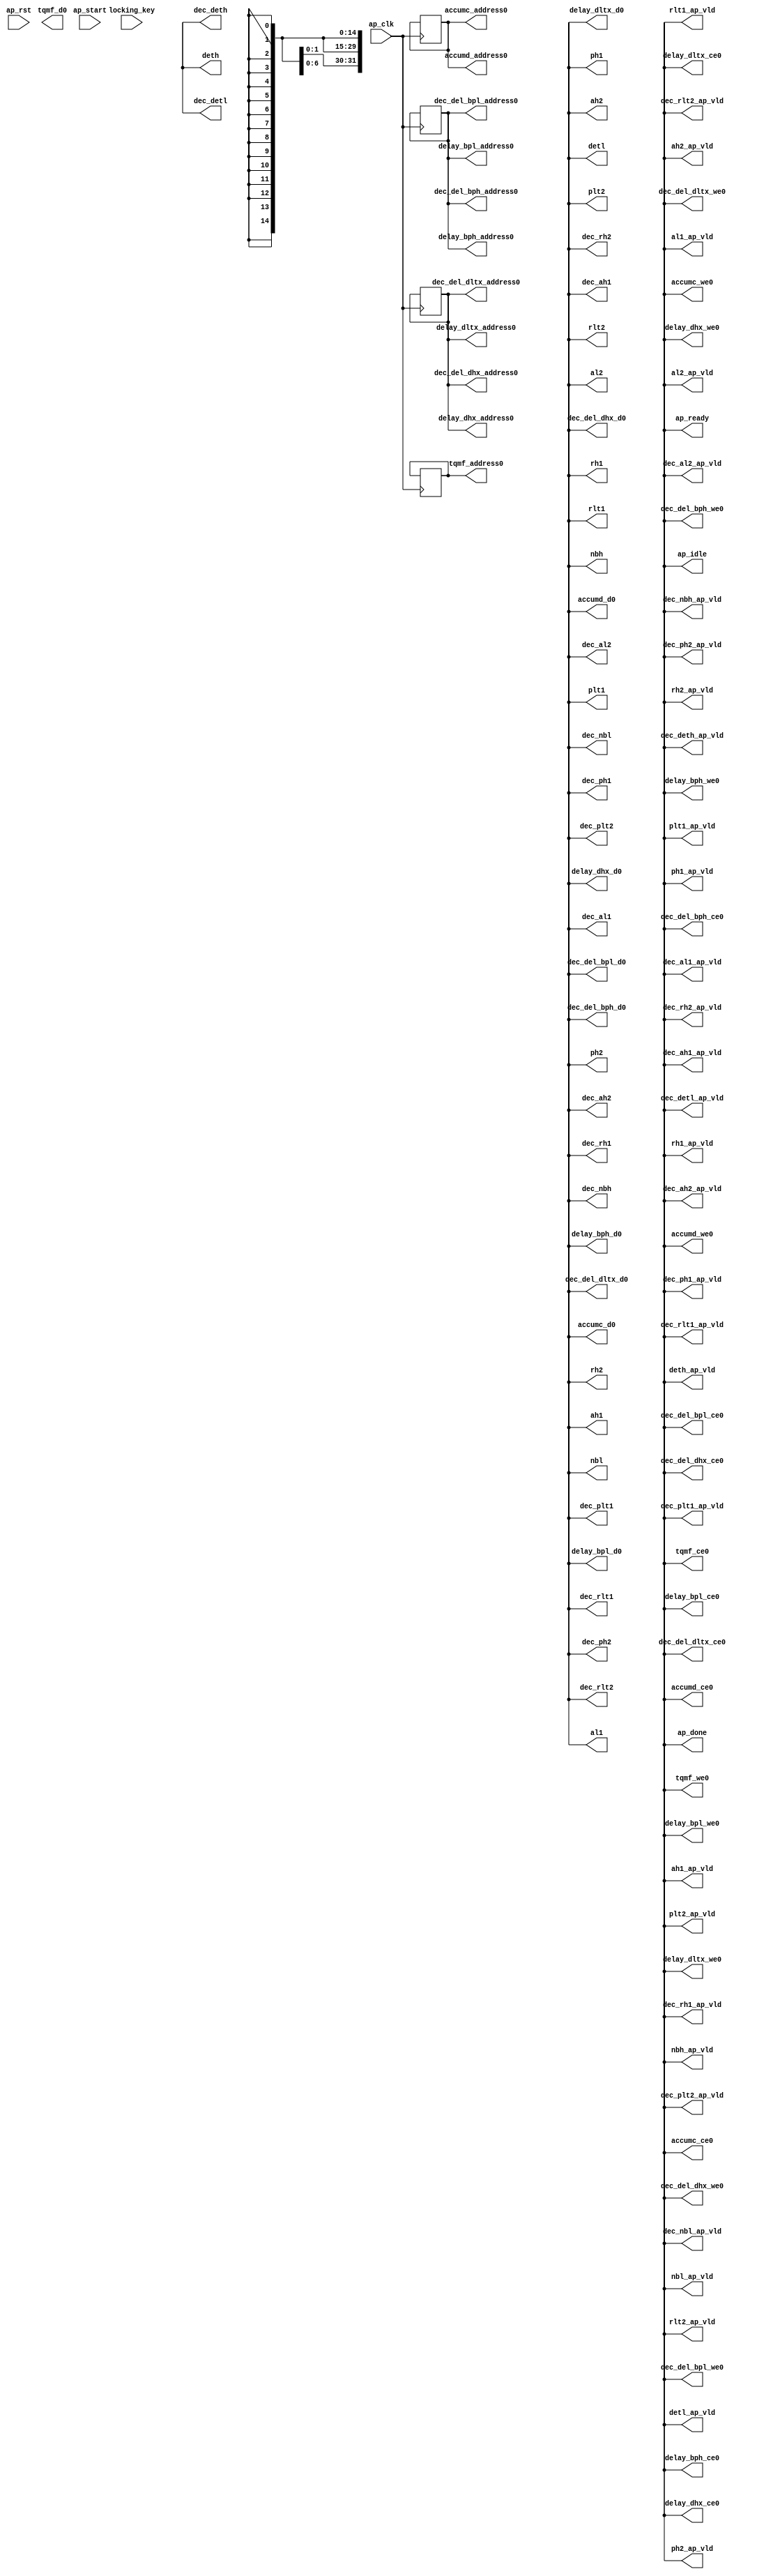

module reset_0_obf
(
  ap_clk,
  ap_rst,
  ap_start,
  ap_done,
  ap_idle,
  ap_ready,
  dec_detl,
  dec_detl_ap_vld,
  detl,
  detl_ap_vld,
  dec_deth,
  dec_deth_ap_vld,
  deth,
  deth_ap_vld,
  rlt2,
  rlt2_ap_vld,
  rlt1,
  rlt1_ap_vld,
  plt2,
  plt2_ap_vld,
  plt1,
  plt1_ap_vld,
  al2,
  al2_ap_vld,
  al1,
  al1_ap_vld,
  nbl,
  nbl_ap_vld,
  rh2,
  rh2_ap_vld,
  rh1,
  rh1_ap_vld,
  ph2,
  ph2_ap_vld,
  ph1,
  ph1_ap_vld,
  ah2,
  ah2_ap_vld,
  ah1,
  ah1_ap_vld,
  nbh,
  nbh_ap_vld,
  dec_rlt2,
  dec_rlt2_ap_vld,
  dec_rlt1,
  dec_rlt1_ap_vld,
  dec_plt2,
  dec_plt2_ap_vld,
  dec_plt1,
  dec_plt1_ap_vld,
  dec_al2,
  dec_al2_ap_vld,
  dec_al1,
  dec_al1_ap_vld,
  dec_nbl,
  dec_nbl_ap_vld,
  dec_rh2,
  dec_rh2_ap_vld,
  dec_rh1,
  dec_rh1_ap_vld,
  dec_ph2,
  dec_ph2_ap_vld,
  dec_ph1,
  dec_ph1_ap_vld,
  dec_ah2,
  dec_ah2_ap_vld,
  dec_ah1,
  dec_ah1_ap_vld,
  dec_nbh,
  dec_nbh_ap_vld,
  delay_dltx_address0,
  delay_dltx_ce0,
  delay_dltx_we0,
  delay_dltx_d0,
  delay_dhx_address0,
  delay_dhx_ce0,
  delay_dhx_we0,
  delay_dhx_d0,
  dec_del_dltx_address0,
  dec_del_dltx_ce0,
  dec_del_dltx_we0,
  dec_del_dltx_d0,
  dec_del_dhx_address0,
  dec_del_dhx_ce0,
  dec_del_dhx_we0,
  dec_del_dhx_d0,
  delay_bpl_address0,
  delay_bpl_ce0,
  delay_bpl_we0,
  delay_bpl_d0,
  delay_bph_address0,
  delay_bph_ce0,
  delay_bph_we0,
  delay_bph_d0,
  dec_del_bpl_address0,
  dec_del_bpl_ce0,
  dec_del_bpl_we0,
  dec_del_bpl_d0,
  dec_del_bph_address0,
  dec_del_bph_ce0,
  dec_del_bph_we0,
  dec_del_bph_d0,
  tqmf_address0,
  tqmf_ce0,
  tqmf_we0,
  tqmf_d0,
  accumc_address0,
  accumc_ce0,
  accumc_we0,
  accumc_d0,
  accumd_address0,
  accumd_ce0,
  accumd_we0,
  accumd_d0,
  locking_key
);

  parameter ap_ST_fsm_state1 = 5'd1;
  parameter ap_ST_fsm_state2 = 5'd2;
  parameter ap_ST_fsm_state3 = 5'd4;
  parameter ap_ST_fsm_state4 = 5'd8;
  parameter ap_ST_fsm_state5 = 5'd16;
  input ap_clk;
  input ap_rst;
  input ap_start;
  output ap_done;
  output ap_idle;
  output ap_ready;
  output [14:0] dec_detl;
  output dec_detl_ap_vld;
  output [31:0] detl;
  output detl_ap_vld;
  output [14:0] dec_deth;
  output dec_deth_ap_vld;
  output [14:0] deth;
  output deth_ap_vld;
  output [31:0] rlt2;
  output rlt2_ap_vld;
  output [31:0] rlt1;
  output rlt1_ap_vld;
  output [31:0] plt2;
  output plt2_ap_vld;
  output [31:0] plt1;
  output plt1_ap_vld;
  output [31:0] al2;
  output al2_ap_vld;
  output [31:0] al1;
  output al1_ap_vld;
  output [31:0] nbl;
  output nbl_ap_vld;
  output [31:0] rh2;
  output rh2_ap_vld;
  output [31:0] rh1;
  output rh1_ap_vld;
  output [31:0] ph2;
  output ph2_ap_vld;
  output [31:0] ph1;
  output ph1_ap_vld;
  output [31:0] ah2;
  output ah2_ap_vld;
  output [31:0] ah1;
  output ah1_ap_vld;
  output [31:0] nbh;
  output nbh_ap_vld;
  output [31:0] dec_rlt2;
  output dec_rlt2_ap_vld;
  output [31:0] dec_rlt1;
  output dec_rlt1_ap_vld;
  output [31:0] dec_plt2;
  output dec_plt2_ap_vld;
  output [31:0] dec_plt1;
  output dec_plt1_ap_vld;
  output [31:0] dec_al2;
  output dec_al2_ap_vld;
  output [31:0] dec_al1;
  output dec_al1_ap_vld;
  output [31:0] dec_nbl;
  output dec_nbl_ap_vld;
  output [31:0] dec_rh2;
  output dec_rh2_ap_vld;
  output [31:0] dec_rh1;
  output dec_rh1_ap_vld;
  output [31:0] dec_ph2;
  output dec_ph2_ap_vld;
  output [31:0] dec_ph1;
  output dec_ph1_ap_vld;
  output [31:0] dec_ah2;
  output dec_ah2_ap_vld;
  output [31:0] dec_ah1;
  output dec_ah1_ap_vld;
  output [31:0] dec_nbh;
  output dec_nbh_ap_vld;
  output [2:0] delay_dltx_address0;
  output delay_dltx_ce0;
  output delay_dltx_we0;
  output [31:0] delay_dltx_d0;
  output [2:0] delay_dhx_address0;
  output delay_dhx_ce0;
  output delay_dhx_we0;
  output [31:0] delay_dhx_d0;
  output [2:0] dec_del_dltx_address0;
  output dec_del_dltx_ce0;
  output dec_del_dltx_we0;
  output [31:0] dec_del_dltx_d0;
  output [2:0] dec_del_dhx_address0;
  output dec_del_dhx_ce0;
  output dec_del_dhx_we0;
  output [31:0] dec_del_dhx_d0;
  output [2:0] delay_bpl_address0;
  output delay_bpl_ce0;
  output delay_bpl_we0;
  output [31:0] delay_bpl_d0;
  output [2:0] delay_bph_address0;
  output delay_bph_ce0;
  output delay_bph_we0;
  output [31:0] delay_bph_d0;
  output [2:0] dec_del_bpl_address0;
  output dec_del_bpl_ce0;
  output dec_del_bpl_we0;
  output [31:0] dec_del_bpl_d0;
  output [2:0] dec_del_bph_address0;
  output dec_del_bph_ce0;
  output dec_del_bph_we0;
  output [31:0] dec_del_bph_d0;
  output [4:0] tqmf_address0;
  output tqmf_ce0;
  output tqmf_we0;
  output [6:0] tqmf_d0;
  output [3:0] accumc_address0;
  output accumc_ce0;
  output accumc_we0;
  output [31:0] accumc_d0;
  output [3:0] accumd_address0;
  output accumd_ce0;
  output accumd_we0;
  output [31:0] accumd_d0;
  reg ap_done;
  reg ap_idle;
  reg ap_ready;
  reg dec_detl_ap_vld;
  reg detl_ap_vld;
  reg dec_deth_ap_vld;
  reg deth_ap_vld;
  reg rlt2_ap_vld;
  reg rlt1_ap_vld;
  reg plt2_ap_vld;
  reg plt1_ap_vld;
  reg al2_ap_vld;
  reg al1_ap_vld;
  reg nbl_ap_vld;
  reg rh2_ap_vld;
  reg rh1_ap_vld;
  reg ph2_ap_vld;
  reg ph1_ap_vld;
  reg ah2_ap_vld;
  reg ah1_ap_vld;
  reg nbh_ap_vld;
  reg dec_rlt2_ap_vld;
  reg dec_rlt1_ap_vld;
  reg dec_plt2_ap_vld;
  reg dec_plt1_ap_vld;
  reg dec_al2_ap_vld;
  reg dec_al1_ap_vld;
  reg dec_nbl_ap_vld;
  reg dec_rh2_ap_vld;
  reg dec_rh1_ap_vld;
  reg dec_ph2_ap_vld;
  reg dec_ph1_ap_vld;
  reg dec_ah2_ap_vld;
  reg dec_ah1_ap_vld;
  reg dec_nbh_ap_vld;
  reg delay_dltx_ce0;
  reg delay_dltx_we0;
  reg delay_dhx_ce0;
  reg delay_dhx_we0;
  reg dec_del_dltx_ce0;
  reg dec_del_dltx_we0;
  reg dec_del_dhx_ce0;
  reg dec_del_dhx_we0;
  reg delay_bpl_ce0;
  reg delay_bpl_we0;
  reg delay_bph_ce0;
  reg delay_bph_we0;
  reg dec_del_bpl_ce0;
  reg dec_del_bpl_we0;
  reg dec_del_bph_ce0;
  reg dec_del_bph_we0;
  reg tqmf_ce0;
  reg tqmf_we0;
  reg accumc_ce0;
  reg accumc_we0;
  reg accumd_ce0;
  reg accumd_we0;
  reg [4:0] ap_CS_fsm;
  wire ap_CS_fsm_state1;
  wire [2:0] i_4_fu_520_p2;
  wire ap_CS_fsm_state2;
  wire [2:0] i_5_fu_540_p2;
  wire ap_CS_fsm_state3;
  wire [4:0] i_6_fu_560_p2;
  wire ap_CS_fsm_state4;
  wire [3:0] i_7_fu_577_p2;
  wire ap_CS_fsm_state5;
  reg [2:0] i_reg_278;
  wire [0:0] exitcond3_fu_514_p2;
  reg [2:0] i_1_reg_289;
  wire [0:0] exitcond2_fu_534_p2;
  reg [4:0] i_2_reg_300;
  wire [0:0] exitcond1_fu_554_p2;
  reg [3:0] i_3_reg_311;
  wire [0:0] exitcond_fu_571_p2;
  wire [63:0] tmp_fu_526_p1;
  wire [63:0] tmp_s_fu_546_p1;
  wire [63:0] tmp_11_fu_566_p1;
  wire [63:0] tmp_12_fu_583_p1;
  reg [4:0] ap_NS_fsm;
  wire Const_1041;
  wire Const_1042;
  wire [2:0] Const_1043;
  wire Const_1044;
  wire Const_1045;
  wire Const_1046;
  wire Const_1047;
  wire [4:0] Const_1048;
  wire Const_1049;
  wire Const_1050;
  wire Const_1051;
  wire Const_1052;
  wire [3:0] Const_1053;
  wire Const_1054;
  wire Const_1055;
  wire Const_1056;
  wire Const_1057;
  wire Const_1058;
  wire Const_1059;
  wire [2:0] Const_1060;
  wire Const_1061;
  wire Const_1062;
  wire Const_1063;
  wire Const_1064;
  wire Const_1065;
  wire Const_1066;
  wire Const_1067;
  wire Const_1068;
  wire Const_1069;
  wire Const_1070;
  wire Const_1071;
  wire Const_1072;
  wire Const_1073;
  wire Const_1074;
  wire Const_1075;
  wire Const_1076;
  wire Const_1077;
  wire Const_1078;
  wire Const_1079;
  wire Const_1080;
  wire Const_1081;
  wire Const_1082;
  wire Const_1083;
  wire Const_1084;
  wire Const_1085;
  wire Const_1086;
  wire Const_1087;
  wire Const_1088;
  wire Const_1089;
  wire Const_1090;
  wire Const_1091;
  wire Const_1092;
  wire Const_1093;
  wire Const_1094;
  wire Const_1095;
  wire Const_1096;
  wire Const_1097;
  wire Const_1098;
  wire Const_1099;
  wire Const_1100;
  wire Const_1101;
  wire Const_1102;
  wire Const_1103;
  wire Const_1104;
  wire Const_1105;
  wire Const_1106;
  wire Const_1107;
  wire Const_1108;
  wire Const_1109;
  wire Const_1110;
  wire Const_1111;
  wire Const_1112;
  wire Const_1113;
  wire Const_1114;
  wire Const_1115;
  wire Const_1116;
  wire Const_1117;
  wire Const_1118;
  wire Const_1119;
  wire Const_1120;
  wire Const_1121;
  wire Const_1122;
  wire Const_1123;
  wire Const_1124;
  wire Const_1125;
  wire Const_1126;
  wire Const_1127;
  wire Const_1128;
  wire Const_1129;
  wire Const_1130;
  wire Const_1131;
  wire Const_1132;
  wire Const_1133;
  wire Const_1134;
  wire Const_1135;
  wire Const_1136;
  wire Const_1137;
  wire Const_1138;
  wire Const_1139;
  wire Const_1140;
  wire Const_1141;
  wire Const_1142;
  wire Const_1143;
  wire Const_1144;
  wire Const_1145;
  wire Const_1146;
  wire Const_1147;
  wire Const_1148;
  wire Const_1149;
  wire Const_1150;
  wire Const_1151;
  wire Const_1152;
  wire Const_1153;
  wire Const_1154;
  wire Const_1155;
  wire Const_1156;
  wire Const_1157;
  wire Const_1158;
  wire Const_1159;
  wire Const_1160;
  wire Const_1161;
  wire Const_1162;
  wire Const_1163;
  wire Const_1164;
  wire Const_1165;
  wire Const_1166;
  wire Const_1167;
  wire Const_1168;
  wire Const_1169;
  wire Const_1170;
  wire Const_1171;
  wire Const_1172;
  wire Const_1173;
  wire Const_1174;
  wire Const_1175;
  wire Const_1176;
  wire Const_1177;
  wire Const_1178;
  wire Const_1179;
  wire Const_1180;
  wire Const_1181;
  wire Const_1182;
  wire Const_1183;
  wire Const_1184;
  wire Const_1185;
  wire Const_1186;
  wire Const_1187;
  wire Const_1188;
  wire Const_1189;
  wire Const_1190;
  wire Const_1191;
  wire Const_1192;
  wire Const_1193;
  wire Const_1194;
  wire Const_1195;
  wire Const_1196;
  wire Const_1197;
  wire Const_1198;
  wire Const_1199;
  wire Const_1200;
  wire Const_1201;
  wire Const_1202;
  wire Const_1203;
  wire Const_1204;
  wire Const_1205;
  wire Const_1206;
  wire Const_1207;
  wire Const_1208;
  wire Const_1209;
  wire Const_1210;
  wire Const_1211;
  wire Const_1212;
  wire Const_1213;
  wire Const_1214;
  wire Const_1215;
  wire Const_1216;
  wire Const_1217;
  wire Const_1218;
  wire Const_1219;
  wire Const_1220;
  wire Const_1221;
  wire Const_1222;
  wire Const_1223;
  wire Const_1224;
  wire Const_1225;
  wire Const_1226;
  wire Const_1227;
  wire Const_1228;
  wire Const_1229;
  wire Const_1230;
  wire Const_1231;
  wire Const_1232;
  wire Const_1233;
  wire Const_1234;
  wire Const_1235;
  wire Const_1236;
  wire Const_1237;
  wire Const_1238;
  wire Const_1239;
  wire Const_1240;
  wire Const_1241;
  wire Const_1242;
  wire Const_1243;
  wire Const_1244;
  wire Const_1245;
  wire Const_1246;
  wire Const_1247;
  wire Const_1248;
  wire Const_1249;
  wire Const_1250;
  wire Const_1251;
  wire Const_1252;
  wire Const_1253;
  wire Const_1254;
  wire Const_1255;
  wire Const_1256;
  wire Const_1257;
  wire Const_1258;
  wire Const_1259;
  wire Const_1260;
  wire Const_1261;
  wire Const_1262;
  wire Const_1263;
  wire Const_1264;
  wire Const_1265;
  wire Const_1266;
  wire Const_1267;
  wire Const_1268;
  wire Const_1269;
  wire Const_1270;
  wire Const_1271;
  wire Const_1272;
  wire Const_1273;
  wire Const_1274;
  wire Const_1275;
  wire Const_1276;
  wire Const_1277;
  wire Const_1278;
  wire Const_1279;
  wire Const_1280;
  wire Const_1281;
  wire Const_1282;
  wire Const_1283;
  wire Const_1284;
  wire Const_1285;
  wire Const_1286;
  wire Const_1287;
  wire Const_1288;
  wire Const_1289;
  wire [31:0] Const_1290;
  wire [31:0] Const_1291;
  wire [31:0] Const_1292;
  wire [31:0] Const_1293;
  wire [31:0] Const_1294;
  wire [31:0] Const_1295;
  wire [31:0] Const_1296;
  wire [31:0] Const_1297;
  wire [31:0] Const_1298;
  wire [31:0] Const_1299;
  wire [31:0] Const_1300;
  wire [31:0] Const_1301;
  wire [31:0] Const_1302;
  wire [31:0] Const_1303;
  wire [14:0] Const_1304;
  wire [14:0] Const_1305;
  wire [31:0] Const_1306;
  wire [31:0] Const_1307;
  wire [31:0] Const_1308;
  wire [31:0] Const_1309;
  wire [31:0] Const_1310;
  wire [31:0] Const_1311;
  wire [31:0] Const_1312;
  wire [31:0] Const_1313;
  wire [31:0] Const_1314;
  wire [31:0] Const_1315;
  wire [31:0] Const_1316;
  wire [31:0] Const_1317;
  wire [31:0] Const_1318;
  wire [31:0] Const_1319;
  wire [14:0] Const_1320;
  wire [31:0] Const_1321;
  wire [4:0] Const_1322;
  wire Const_1323;
  wire Const_1324;
  wire [2:0] Const_1325;
  wire Const_1326;
  wire Const_1327;
  wire [2:0] Const_1328;
  wire Const_1329;
  wire Const_1330;
  wire [3:0] Const_1331;
  wire Const_1332;
  wire Const_1333;
  wire [2:0] Const_1334;
  wire [2:0] Const_1335;
  wire [4:0] Const_1336;
  wire [3:0] Const_1337;
  wire [31:0] Const_1338;
  wire [31:0] Const_1339;
  wire [31:0] Const_1340;
  wire [31:0] Const_1341;
  wire [31:0] Const_1342;
  wire [31:0] Const_1343;
  wire [31:0] Const_1344;
  wire [31:0] Const_1345;
  wire [31:0] Const_1346;
  wire [31:0] Const_1347;
  wire [6:0] Const_1348;
  input [12286:0] locking_key;
  wire [1675:0] working_key;

  initial begin
    #0 ap_CS_fsm = 5'd1;
  end


  always @(posedge ap_clk) begin
    if(ap_rst == 1'b1) begin
      ap_CS_fsm <= ap_ST_fsm_state1;
    end else begin
      ap_CS_fsm <= ap_NS_fsm;
    end
  end

  assign Const_1041 = (1'd1 ^ working_key[4561]);
  assign Const_1042 = (1'd0 ^ working_key[4562]);
  assign Const_1043 = (3'd2 ^ working_key[4565:4563]);
  assign Const_1044 = (1'd1 ^ working_key[4566]);
  assign Const_1045 = (1'd1 ^ working_key[4567]);

  always @(posedge ap_clk) begin
    if(((Const_1041 == ap_CS_fsm_state2) & (exitcond3_fu_514_p2 == Const_1042) ^ working_key[4568]) == 1'b0) begin
      i_1_reg_289 <= Const_1043;
    end else if((exitcond2_fu_534_p2 == Const_1044) & (Const_1045 == ap_CS_fsm_state3)) begin
      i_1_reg_289 <= i_5_fu_540_p2;
    end 
  end

  assign Const_1046 = (1'd0 ^ working_key[4569]);
  assign Const_1047 = (1'd1 ^ working_key[4570]);
  assign Const_1048 = (5'd5 ^ working_key[4575:4571]);
  assign Const_1049 = (1'd1 ^ working_key[4576]);
  assign Const_1050 = (1'd1 ^ working_key[4577]);

  always @(posedge ap_clk) begin
    if(((exitcond2_fu_534_p2 == Const_1046) & (Const_1047 == ap_CS_fsm_state3) ^ working_key[4578]) == 1'b1) begin
      i_2_reg_300 <= Const_1048;
    end else if((exitcond1_fu_554_p2 == Const_1049) & (Const_1050 == ap_CS_fsm_state4)) begin
      i_2_reg_300 <= i_6_fu_560_p2;
    end 
  end

  assign Const_1051 = (1'd0 ^ working_key[4579]);
  assign Const_1052 = (1'd1 ^ working_key[4580]);
  assign Const_1053 = (4'd5 ^ working_key[4584:4581]);
  assign Const_1054 = (1'd1 ^ working_key[4585]);
  assign Const_1055 = (1'd0 ^ working_key[4586]);

  always @(posedge ap_clk) begin
    if(((exitcond1_fu_554_p2 == Const_1051) & (Const_1052 == ap_CS_fsm_state4) ^ working_key[4587]) == 1'b1) begin
      i_3_reg_311 <= Const_1053;
    end else if((exitcond_fu_571_p2 == Const_1054) & (Const_1055 == ap_CS_fsm_state5)) begin
      i_3_reg_311 <= i_7_fu_577_p2;
    end 
  end

  assign Const_1056 = (1'd1 ^ working_key[4588]);
  assign Const_1057 = (1'd1 ^ working_key[4589]);
  assign Const_1058 = (1'd1 ^ working_key[4590]);
  assign Const_1059 = (1'd0 ^ working_key[4591]);
  assign Const_1060 = (3'd3 ^ working_key[4594:4592]);

  always @(posedge ap_clk) begin
    if(((Const_1056 == ap_CS_fsm_state2) & (exitcond3_fu_514_p2 == Const_1057) ^ working_key[4595]) == 1'b0) begin
      i_reg_278 <= i_4_fu_520_p2;
    end else if((Const_1058 == ap_CS_fsm_state1) & (ap_start == Const_1059)) begin
      i_reg_278 <= Const_1060;
    end 
  end

  assign Const_1061 = (1'd1 ^ working_key[4596]);
  assign Const_1062 = (1'd0 ^ working_key[4597]);
  assign Const_1063 = (1'd0 ^ working_key[4598]);

  always @(*) begin
    if(((Const_1061 == ap_CS_fsm_state5) ^ working_key[4599]) == 1'b1) begin
      accumc_ce0 = Const_1063;
    end else begin
      accumc_ce0 = Const_1062;
    end
  end

  assign Const_1064 = (1'd0 ^ working_key[4600]);
  assign Const_1065 = (1'd0 ^ working_key[4601]);
  assign Const_1066 = (1'd0 ^ working_key[4602]);
  assign Const_1067 = (1'd0 ^ working_key[4603]);

  always @(*) begin
    if(((exitcond_fu_571_p2 == Const_1064) & (Const_1065 == ap_CS_fsm_state5) ^ working_key[4604]) == 1'b1) begin
      accumc_we0 = Const_1067;
    end else begin
      accumc_we0 = Const_1066;
    end
  end

  assign Const_1068 = (1'd1 ^ working_key[4605]);
  assign Const_1069 = (1'd0 ^ working_key[4606]);
  assign Const_1070 = (1'd0 ^ working_key[4607]);

  always @(*) begin
    if(((Const_1068 == ap_CS_fsm_state5) ^ working_key[4608]) == 1'b1) begin
      accumd_ce0 = Const_1069;
    end else begin
      accumd_ce0 = Const_1070;
    end
  end

  assign Const_1071 = (1'd1 ^ working_key[4609]);
  assign Const_1072 = (1'd1 ^ working_key[4610]);
  assign Const_1073 = (1'd1 ^ working_key[4611]);
  assign Const_1074 = (1'd1 ^ working_key[4612]);

  always @(*) begin
    if(((exitcond_fu_571_p2 == Const_1071) & (Const_1072 == ap_CS_fsm_state5) ^ working_key[4613]) == 1'b1) begin
      accumd_we0 = Const_1073;
    end else begin
      accumd_we0 = Const_1074;
    end
  end

  assign Const_1075 = (1'd0 ^ working_key[4614]);
  assign Const_1076 = (1'd1 ^ working_key[4615]);
  assign Const_1077 = (1'd0 ^ working_key[4616]);
  assign Const_1078 = (1'd0 ^ working_key[4617]);

  always @(*) begin
    if(((Const_1075 == ap_CS_fsm_state1) & (ap_start == Const_1076) ^ working_key[4618]) == 1'b1) begin
      ah1_ap_vld = Const_1078;
    end else begin
      ah1_ap_vld = Const_1077;
    end
  end

  assign Const_1079 = (1'd0 ^ working_key[4619]);
  assign Const_1080 = (1'd1 ^ working_key[4620]);
  assign Const_1081 = (1'd1 ^ working_key[4621]);
  assign Const_1082 = (1'd1 ^ working_key[4622]);

  always @(*) begin
    if(((Const_1079 == ap_CS_fsm_state1) & (ap_start == Const_1080) ^ working_key[4623]) == 1'b1) begin
      ah2_ap_vld = Const_1081;
    end else begin
      ah2_ap_vld = Const_1082;
    end
  end

  assign Const_1083 = (1'd0 ^ working_key[4624]);
  assign Const_1084 = (1'd0 ^ working_key[4625]);
  assign Const_1085 = (1'd0 ^ working_key[4626]);
  assign Const_1086 = (1'd1 ^ working_key[4627]);

  always @(*) begin
    if(((Const_1083 == ap_CS_fsm_state1) & (ap_start == Const_1084) ^ working_key[4628]) == 1'b1) begin
      al1_ap_vld = Const_1086;
    end else begin
      al1_ap_vld = Const_1085;
    end
  end

  assign Const_1087 = (1'd0 ^ working_key[4629]);
  assign Const_1088 = (1'd0 ^ working_key[4630]);
  assign Const_1089 = (1'd1 ^ working_key[4631]);
  assign Const_1090 = (1'd1 ^ working_key[4632]);

  always @(*) begin
    if(((Const_1087 == ap_CS_fsm_state1) & (ap_start == Const_1088) ^ working_key[4633]) == 1'b1) begin
      al2_ap_vld = Const_1089;
    end else begin
      al2_ap_vld = Const_1090;
    end
  end

  assign Const_1091 = (1'd0 ^ working_key[4634]);
  assign Const_1092 = (1'd1 ^ working_key[4635]);
  assign Const_1093 = (1'd1 ^ working_key[4636]);
  assign Const_1094 = (1'd1 ^ working_key[4637]);
  assign Const_1095 = (1'd1 ^ working_key[4638]);
  assign Const_1096 = (1'd1 ^ working_key[4639]);

  always @(*) begin
    if((((exitcond_fu_571_p2 == Const_1091) & (Const_1092 == ap_CS_fsm_state5) | (ap_start == Const_1093) & (Const_1094 == ap_CS_fsm_state1)) ^ working_key[4640]) == 1'b1) begin
      ap_done = Const_1095;
    end else begin
      ap_done = Const_1096;
    end
  end

  assign Const_1097 = (1'd1 ^ working_key[4641]);
  assign Const_1098 = (1'd1 ^ working_key[4642]);
  assign Const_1099 = (1'd0 ^ working_key[4643]);
  assign Const_1100 = (1'd0 ^ working_key[4644]);

  always @(*) begin
    if(((ap_start == Const_1097) & (Const_1098 == ap_CS_fsm_state1) ^ working_key[4645]) == 1'b1) begin
      ap_idle = Const_1100;
    end else begin
      ap_idle = Const_1099;
    end
  end

  assign Const_1101 = (1'd1 ^ working_key[4646]);
  assign Const_1102 = (1'd0 ^ working_key[4647]);
  assign Const_1103 = (1'd1 ^ working_key[4648]);
  assign Const_1104 = (1'd1 ^ working_key[4649]);

  always @(*) begin
    if(((exitcond_fu_571_p2 == Const_1101) & (Const_1102 == ap_CS_fsm_state5) ^ working_key[4650]) == 1'b1) begin
      ap_ready = Const_1103;
    end else begin
      ap_ready = Const_1104;
    end
  end

  assign Const_1105 = (1'd0 ^ working_key[4651]);
  assign Const_1106 = (1'd1 ^ working_key[4652]);
  assign Const_1107 = (1'd0 ^ working_key[4653]);
  assign Const_1108 = (1'd0 ^ working_key[4654]);

  always @(*) begin
    if(((Const_1105 == ap_CS_fsm_state1) & (ap_start == Const_1106) ^ working_key[4655]) == 1'b1) begin
      dec_ah1_ap_vld = Const_1108;
    end else begin
      dec_ah1_ap_vld = Const_1107;
    end
  end

  assign Const_1109 = (1'd1 ^ working_key[4656]);
  assign Const_1110 = (1'd0 ^ working_key[4657]);
  assign Const_1111 = (1'd1 ^ working_key[4658]);
  assign Const_1112 = (1'd0 ^ working_key[4659]);

  always @(*) begin
    if(((Const_1109 == ap_CS_fsm_state1) & (ap_start == Const_1110) ^ working_key[4660]) == 1'b1) begin
      dec_ah2_ap_vld = Const_1111;
    end else begin
      dec_ah2_ap_vld = Const_1112;
    end
  end

  assign Const_1113 = (1'd1 ^ working_key[4661]);
  assign Const_1114 = (1'd1 ^ working_key[4662]);
  assign Const_1115 = (1'd0 ^ working_key[4663]);
  assign Const_1116 = (1'd0 ^ working_key[4664]);

  always @(*) begin
    if(((Const_1113 == ap_CS_fsm_state1) & (ap_start == Const_1114) ^ working_key[4665]) == 1'b1) begin
      dec_al1_ap_vld = Const_1116;
    end else begin
      dec_al1_ap_vld = Const_1115;
    end
  end

  assign Const_1117 = (1'd1 ^ working_key[4666]);
  assign Const_1118 = (1'd0 ^ working_key[4667]);
  assign Const_1119 = (1'd1 ^ working_key[4668]);
  assign Const_1120 = (1'd1 ^ working_key[4669]);

  always @(*) begin
    if(((Const_1117 == ap_CS_fsm_state1) & (ap_start == Const_1118) ^ working_key[4670]) == 1'b1) begin
      dec_al2_ap_vld = Const_1119;
    end else begin
      dec_al2_ap_vld = Const_1120;
    end
  end

  assign Const_1121 = (1'd0 ^ working_key[4671]);
  assign Const_1122 = (1'd1 ^ working_key[4672]);
  assign Const_1123 = (1'd1 ^ working_key[4673]);

  always @(*) begin
    if(((Const_1121 == ap_CS_fsm_state3) ^ working_key[4674]) == 1'b1) begin
      dec_del_bph_ce0 = Const_1122;
    end else begin
      dec_del_bph_ce0 = Const_1123;
    end
  end

  assign Const_1124 = (1'd1 ^ working_key[4675]);
  assign Const_1125 = (1'd1 ^ working_key[4676]);
  assign Const_1126 = (1'd0 ^ working_key[4677]);
  assign Const_1127 = (1'd0 ^ working_key[4678]);

  always @(*) begin
    if(((exitcond2_fu_534_p2 == Const_1124) & (Const_1125 == ap_CS_fsm_state3) ^ working_key[4679]) == 1'b1) begin
      dec_del_bph_we0 = Const_1127;
    end else begin
      dec_del_bph_we0 = Const_1126;
    end
  end

  assign Const_1128 = (1'd1 ^ working_key[4680]);
  assign Const_1129 = (1'd0 ^ working_key[4681]);
  assign Const_1130 = (1'd0 ^ working_key[4682]);

  always @(*) begin
    if(((Const_1128 == ap_CS_fsm_state3) ^ working_key[4683]) == 1'b1) begin
      dec_del_bpl_ce0 = Const_1130;
    end else begin
      dec_del_bpl_ce0 = Const_1129;
    end
  end

  assign Const_1131 = (1'd0 ^ working_key[4684]);
  assign Const_1132 = (1'd1 ^ working_key[4685]);
  assign Const_1133 = (1'd0 ^ working_key[4686]);
  assign Const_1134 = (1'd1 ^ working_key[4687]);

  always @(*) begin
    if(((exitcond2_fu_534_p2 == Const_1131) & (Const_1132 == ap_CS_fsm_state3) ^ working_key[4688]) == 1'b1) begin
      dec_del_bpl_we0 = Const_1133;
    end else begin
      dec_del_bpl_we0 = Const_1134;
    end
  end

  assign Const_1135 = (1'd1 ^ working_key[4689]);
  assign Const_1136 = (1'd0 ^ working_key[4690]);
  assign Const_1137 = (1'd0 ^ working_key[4691]);

  always @(*) begin
    if(((Const_1135 == ap_CS_fsm_state2) ^ working_key[4692]) == 1'b1) begin
      dec_del_dhx_ce0 = Const_1137;
    end else begin
      dec_del_dhx_ce0 = Const_1136;
    end
  end

  assign Const_1138 = (1'd1 ^ working_key[4693]);
  assign Const_1139 = (1'd1 ^ working_key[4694]);
  assign Const_1140 = (1'd1 ^ working_key[4695]);
  assign Const_1141 = (1'd1 ^ working_key[4696]);

  always @(*) begin
    if(((Const_1138 == ap_CS_fsm_state2) & (exitcond3_fu_514_p2 == Const_1139) ^ working_key[4697]) == 1'b1) begin
      dec_del_dhx_we0 = Const_1141;
    end else begin
      dec_del_dhx_we0 = Const_1140;
    end
  end

  assign Const_1142 = (1'd1 ^ working_key[4698]);
  assign Const_1143 = (1'd0 ^ working_key[4699]);
  assign Const_1144 = (1'd0 ^ working_key[4700]);

  always @(*) begin
    if(((Const_1142 == ap_CS_fsm_state2) ^ working_key[4701]) == 1'b1) begin
      dec_del_dltx_ce0 = Const_1144;
    end else begin
      dec_del_dltx_ce0 = Const_1143;
    end
  end

  assign Const_1145 = (1'd1 ^ working_key[4702]);
  assign Const_1146 = (1'd0 ^ working_key[4703]);
  assign Const_1147 = (1'd0 ^ working_key[4704]);
  assign Const_1148 = (1'd0 ^ working_key[4705]);

  always @(*) begin
    if(((Const_1145 == ap_CS_fsm_state2) & (exitcond3_fu_514_p2 == Const_1146) ^ working_key[4706]) == 1'b1) begin
      dec_del_dltx_we0 = Const_1147;
    end else begin
      dec_del_dltx_we0 = Const_1148;
    end
  end

  assign Const_1149 = (1'd0 ^ working_key[4707]);
  assign Const_1150 = (1'd1 ^ working_key[4708]);
  assign Const_1151 = (1'd0 ^ working_key[4709]);
  assign Const_1152 = (1'd0 ^ working_key[4710]);

  always @(*) begin
    if(((Const_1149 == ap_CS_fsm_state1) & (ap_start == Const_1150) ^ working_key[4711]) == 1'b1) begin
      dec_deth_ap_vld = Const_1152;
    end else begin
      dec_deth_ap_vld = Const_1151;
    end
  end

  assign Const_1153 = (1'd1 ^ working_key[4712]);
  assign Const_1154 = (1'd0 ^ working_key[4713]);
  assign Const_1155 = (1'd0 ^ working_key[4714]);
  assign Const_1156 = (1'd0 ^ working_key[4715]);

  always @(*) begin
    if(((Const_1153 == ap_CS_fsm_state1) & (ap_start == Const_1154) ^ working_key[4716]) == 1'b1) begin
      dec_detl_ap_vld = Const_1155;
    end else begin
      dec_detl_ap_vld = Const_1156;
    end
  end

  assign Const_1157 = (1'd0 ^ working_key[4717]);
  assign Const_1158 = (1'd1 ^ working_key[4718]);
  assign Const_1159 = (1'd0 ^ working_key[4719]);
  assign Const_1160 = (1'd1 ^ working_key[4720]);

  always @(*) begin
    if(((Const_1157 == ap_CS_fsm_state1) & (ap_start == Const_1158) ^ working_key[4721]) == 1'b1) begin
      dec_nbh_ap_vld = Const_1160;
    end else begin
      dec_nbh_ap_vld = Const_1159;
    end
  end

  assign Const_1161 = (1'd1 ^ working_key[4722]);
  assign Const_1162 = (1'd0 ^ working_key[4723]);
  assign Const_1163 = (1'd1 ^ working_key[4724]);
  assign Const_1164 = (1'd1 ^ working_key[4725]);

  always @(*) begin
    if(((Const_1161 == ap_CS_fsm_state1) & (ap_start == Const_1162) ^ working_key[4726]) == 1'b1) begin
      dec_nbl_ap_vld = Const_1163;
    end else begin
      dec_nbl_ap_vld = Const_1164;
    end
  end

  assign Const_1165 = (1'd0 ^ working_key[4727]);
  assign Const_1166 = (1'd1 ^ working_key[4728]);
  assign Const_1167 = (1'd0 ^ working_key[4729]);
  assign Const_1168 = (1'd1 ^ working_key[4730]);

  always @(*) begin
    if(((Const_1165 == ap_CS_fsm_state1) & (ap_start == Const_1166) ^ working_key[4731]) == 1'b1) begin
      dec_ph1_ap_vld = Const_1167;
    end else begin
      dec_ph1_ap_vld = Const_1168;
    end
  end

  assign Const_1169 = (1'd0 ^ working_key[4732]);
  assign Const_1170 = (1'd1 ^ working_key[4733]);
  assign Const_1171 = (1'd0 ^ working_key[4734]);
  assign Const_1172 = (1'd0 ^ working_key[4735]);

  always @(*) begin
    if(((Const_1169 == ap_CS_fsm_state1) & (ap_start == Const_1170) ^ working_key[4736]) == 1'b1) begin
      dec_ph2_ap_vld = Const_1171;
    end else begin
      dec_ph2_ap_vld = Const_1172;
    end
  end

  assign Const_1173 = (1'd0 ^ working_key[4737]);
  assign Const_1174 = (1'd1 ^ working_key[4738]);
  assign Const_1175 = (1'd1 ^ working_key[4739]);
  assign Const_1176 = (1'd1 ^ working_key[4740]);

  always @(*) begin
    if(((Const_1173 == ap_CS_fsm_state1) & (ap_start == Const_1174) ^ working_key[4741]) == 1'b1) begin
      dec_plt1_ap_vld = Const_1175;
    end else begin
      dec_plt1_ap_vld = Const_1176;
    end
  end

  assign Const_1177 = (1'd0 ^ working_key[4742]);
  assign Const_1178 = (1'd1 ^ working_key[4743]);
  assign Const_1179 = (1'd0 ^ working_key[4744]);
  assign Const_1180 = (1'd0 ^ working_key[4745]);

  always @(*) begin
    if(((Const_1177 == ap_CS_fsm_state1) & (ap_start == Const_1178) ^ working_key[4746]) == 1'b1) begin
      dec_plt2_ap_vld = Const_1180;
    end else begin
      dec_plt2_ap_vld = Const_1179;
    end
  end

  assign Const_1181 = (1'd0 ^ working_key[4747]);
  assign Const_1182 = (1'd1 ^ working_key[4748]);
  assign Const_1183 = (1'd1 ^ working_key[4749]);
  assign Const_1184 = (1'd1 ^ working_key[4750]);

  always @(*) begin
    if(((Const_1181 == ap_CS_fsm_state1) & (ap_start == Const_1182) ^ working_key[4751]) == 1'b1) begin
      dec_rh1_ap_vld = Const_1183;
    end else begin
      dec_rh1_ap_vld = Const_1184;
    end
  end

  assign Const_1185 = (1'd0 ^ working_key[4752]);
  assign Const_1186 = (1'd0 ^ working_key[4753]);
  assign Const_1187 = (1'd0 ^ working_key[4754]);
  assign Const_1188 = (1'd1 ^ working_key[4755]);

  always @(*) begin
    if(((Const_1185 == ap_CS_fsm_state1) & (ap_start == Const_1186) ^ working_key[4756]) == 1'b1) begin
      dec_rh2_ap_vld = Const_1188;
    end else begin
      dec_rh2_ap_vld = Const_1187;
    end
  end

  assign Const_1189 = (1'd0 ^ working_key[4757]);
  assign Const_1190 = (1'd0 ^ working_key[4758]);
  assign Const_1191 = (1'd1 ^ working_key[4759]);
  assign Const_1192 = (1'd1 ^ working_key[4760]);

  always @(*) begin
    if(((Const_1189 == ap_CS_fsm_state1) & (ap_start == Const_1190) ^ working_key[4761]) == 1'b1) begin
      dec_rlt1_ap_vld = Const_1191;
    end else begin
      dec_rlt1_ap_vld = Const_1192;
    end
  end

  assign Const_1193 = (1'd0 ^ working_key[4762]);
  assign Const_1194 = (1'd1 ^ working_key[4763]);
  assign Const_1195 = (1'd0 ^ working_key[4764]);
  assign Const_1196 = (1'd0 ^ working_key[4765]);

  always @(*) begin
    if(((Const_1193 == ap_CS_fsm_state1) & (ap_start == Const_1194) ^ working_key[4766]) == 1'b1) begin
      dec_rlt2_ap_vld = Const_1195;
    end else begin
      dec_rlt2_ap_vld = Const_1196;
    end
  end

  assign Const_1197 = (1'd0 ^ working_key[4767]);
  assign Const_1198 = (1'd1 ^ working_key[4768]);
  assign Const_1199 = (1'd1 ^ working_key[4769]);

  always @(*) begin
    if(((Const_1197 == ap_CS_fsm_state3) ^ working_key[4770]) == 1'b1) begin
      delay_bph_ce0 = Const_1198;
    end else begin
      delay_bph_ce0 = Const_1199;
    end
  end

  assign Const_1200 = (1'd1 ^ working_key[4771]);
  assign Const_1201 = (1'd1 ^ working_key[4772]);
  assign Const_1202 = (1'd0 ^ working_key[4773]);
  assign Const_1203 = (1'd0 ^ working_key[4774]);

  always @(*) begin
    if(((exitcond2_fu_534_p2 == Const_1200) & (Const_1201 == ap_CS_fsm_state3) ^ working_key[4775]) == 1'b1) begin
      delay_bph_we0 = Const_1203;
    end else begin
      delay_bph_we0 = Const_1202;
    end
  end

  assign Const_1204 = (1'd1 ^ working_key[4776]);
  assign Const_1205 = (1'd0 ^ working_key[4777]);
  assign Const_1206 = (1'd0 ^ working_key[4778]);

  always @(*) begin
    if(((Const_1204 == ap_CS_fsm_state3) ^ working_key[4779]) == 1'b1) begin
      delay_bpl_ce0 = Const_1206;
    end else begin
      delay_bpl_ce0 = Const_1205;
    end
  end

  assign Const_1207 = (1'd0 ^ working_key[4780]);
  assign Const_1208 = (1'd0 ^ working_key[4781]);
  assign Const_1209 = (1'd1 ^ working_key[4782]);
  assign Const_1210 = (1'd1 ^ working_key[4783]);

  always @(*) begin
    if(((exitcond2_fu_534_p2 == Const_1207) & (Const_1208 == ap_CS_fsm_state3) ^ working_key[4784]) == 1'b1) begin
      delay_bpl_we0 = Const_1209;
    end else begin
      delay_bpl_we0 = Const_1210;
    end
  end

  assign Const_1211 = (1'd0 ^ working_key[4785]);
  assign Const_1212 = (1'd1 ^ working_key[4786]);
  assign Const_1213 = (1'd0 ^ working_key[4787]);

  always @(*) begin
    if(((Const_1211 == ap_CS_fsm_state2) ^ working_key[4788]) == 1'b1) begin
      delay_dhx_ce0 = Const_1212;
    end else begin
      delay_dhx_ce0 = Const_1213;
    end
  end

  assign Const_1214 = (1'd1 ^ working_key[4789]);
  assign Const_1215 = (1'd0 ^ working_key[4790]);
  assign Const_1216 = (1'd0 ^ working_key[4791]);
  assign Const_1217 = (1'd0 ^ working_key[4792]);

  always @(*) begin
    if(((Const_1214 == ap_CS_fsm_state2) & (exitcond3_fu_514_p2 == Const_1215) ^ working_key[4793]) == 1'b1) begin
      delay_dhx_we0 = Const_1217;
    end else begin
      delay_dhx_we0 = Const_1216;
    end
  end

  assign Const_1218 = (1'd1 ^ working_key[4794]);
  assign Const_1219 = (1'd0 ^ working_key[4795]);
  assign Const_1220 = (1'd0 ^ working_key[4796]);

  always @(*) begin
    if(((Const_1218 == ap_CS_fsm_state2) ^ working_key[4797]) == 1'b1) begin
      delay_dltx_ce0 = Const_1220;
    end else begin
      delay_dltx_ce0 = Const_1219;
    end
  end

  assign Const_1221 = (1'd1 ^ working_key[4798]);
  assign Const_1222 = (1'd1 ^ working_key[4799]);
  assign Const_1223 = (1'd1 ^ working_key[4800]);
  assign Const_1224 = (1'd1 ^ working_key[4801]);

  always @(*) begin
    if(((Const_1221 == ap_CS_fsm_state2) & (exitcond3_fu_514_p2 == Const_1222) ^ working_key[4802]) == 1'b1) begin
      delay_dltx_we0 = Const_1223;
    end else begin
      delay_dltx_we0 = Const_1224;
    end
  end

  assign Const_1225 = (1'd0 ^ working_key[4803]);
  assign Const_1226 = (1'd1 ^ working_key[4804]);
  assign Const_1227 = (1'd0 ^ working_key[4805]);
  assign Const_1228 = (1'd0 ^ working_key[4806]);

  always @(*) begin
    if(((Const_1225 == ap_CS_fsm_state1) & (ap_start == Const_1226) ^ working_key[4807]) == 1'b1) begin
      deth_ap_vld = Const_1228;
    end else begin
      deth_ap_vld = Const_1227;
    end
  end

  assign Const_1229 = (1'd1 ^ working_key[4808]);
  assign Const_1230 = (1'd0 ^ working_key[4809]);
  assign Const_1231 = (1'd1 ^ working_key[4810]);
  assign Const_1232 = (1'd1 ^ working_key[4811]);

  always @(*) begin
    if(((Const_1229 == ap_CS_fsm_state1) & (ap_start == Const_1230) ^ working_key[4812]) == 1'b1) begin
      detl_ap_vld = Const_1231;
    end else begin
      detl_ap_vld = Const_1232;
    end
  end

  assign Const_1233 = (1'd1 ^ working_key[4813]);
  assign Const_1234 = (1'd0 ^ working_key[4814]);
  assign Const_1235 = (1'd0 ^ working_key[4815]);
  assign Const_1236 = (1'd0 ^ working_key[4816]);

  always @(*) begin
    if(((Const_1233 == ap_CS_fsm_state1) & (ap_start == Const_1234) ^ working_key[4817]) == 1'b1) begin
      nbh_ap_vld = Const_1236;
    end else begin
      nbh_ap_vld = Const_1235;
    end
  end

  assign Const_1237 = (1'd0 ^ working_key[4818]);
  assign Const_1238 = (1'd0 ^ working_key[4819]);
  assign Const_1239 = (1'd0 ^ working_key[4820]);
  assign Const_1240 = (1'd0 ^ working_key[4821]);

  always @(*) begin
    if(((Const_1237 == ap_CS_fsm_state1) & (ap_start == Const_1238) ^ working_key[4822]) == 1'b1) begin
      nbl_ap_vld = Const_1240;
    end else begin
      nbl_ap_vld = Const_1239;
    end
  end

  assign Const_1241 = (1'd1 ^ working_key[4823]);
  assign Const_1242 = (1'd0 ^ working_key[4824]);
  assign Const_1243 = (1'd0 ^ working_key[4825]);
  assign Const_1244 = (1'd0 ^ working_key[4826]);

  always @(*) begin
    if(((Const_1241 == ap_CS_fsm_state1) & (ap_start == Const_1242) ^ working_key[4827]) == 1'b1) begin
      ph1_ap_vld = Const_1244;
    end else begin
      ph1_ap_vld = Const_1243;
    end
  end

  assign Const_1245 = (1'd1 ^ working_key[4828]);
  assign Const_1246 = (1'd0 ^ working_key[4829]);
  assign Const_1247 = (1'd1 ^ working_key[4830]);
  assign Const_1248 = (1'd0 ^ working_key[4831]);

  always @(*) begin
    if(((Const_1245 == ap_CS_fsm_state1) & (ap_start == Const_1246) ^ working_key[4832]) == 1'b1) begin
      ph2_ap_vld = Const_1248;
    end else begin
      ph2_ap_vld = Const_1247;
    end
  end

  assign Const_1249 = (1'd1 ^ working_key[4833]);
  assign Const_1250 = (1'd1 ^ working_key[4834]);
  assign Const_1251 = (1'd0 ^ working_key[4835]);
  assign Const_1252 = (1'd0 ^ working_key[4836]);

  always @(*) begin
    if(((Const_1249 == ap_CS_fsm_state1) & (ap_start == Const_1250) ^ working_key[4837]) == 1'b1) begin
      plt1_ap_vld = Const_1252;
    end else begin
      plt1_ap_vld = Const_1251;
    end
  end

  assign Const_1253 = (1'd1 ^ working_key[4838]);
  assign Const_1254 = (1'd0 ^ working_key[4839]);
  assign Const_1255 = (1'd1 ^ working_key[4840]);
  assign Const_1256 = (1'd1 ^ working_key[4841]);

  always @(*) begin
    if(((Const_1253 == ap_CS_fsm_state1) & (ap_start == Const_1254) ^ working_key[4842]) == 1'b1) begin
      plt2_ap_vld = Const_1256;
    end else begin
      plt2_ap_vld = Const_1255;
    end
  end

  assign Const_1257 = (1'd1 ^ working_key[4843]);
  assign Const_1258 = (1'd1 ^ working_key[4844]);
  assign Const_1259 = (1'd0 ^ working_key[4845]);
  assign Const_1260 = (1'd0 ^ working_key[4846]);

  always @(*) begin
    if(((Const_1257 == ap_CS_fsm_state1) & (ap_start == Const_1258) ^ working_key[4847]) == 1'b1) begin
      rh1_ap_vld = Const_1260;
    end else begin
      rh1_ap_vld = Const_1259;
    end
  end

  assign Const_1261 = (1'd0 ^ working_key[4848]);
  assign Const_1262 = (1'd0 ^ working_key[4849]);
  assign Const_1263 = (1'd1 ^ working_key[4850]);
  assign Const_1264 = (1'd1 ^ working_key[4851]);

  always @(*) begin
    if(((Const_1261 == ap_CS_fsm_state1) & (ap_start == Const_1262) ^ working_key[4852]) == 1'b1) begin
      rh2_ap_vld = Const_1263;
    end else begin
      rh2_ap_vld = Const_1264;
    end
  end

  assign Const_1265 = (1'd0 ^ working_key[4853]);
  assign Const_1266 = (1'd1 ^ working_key[4854]);
  assign Const_1267 = (1'd0 ^ working_key[4855]);
  assign Const_1268 = (1'd0 ^ working_key[4856]);

  always @(*) begin
    if(((Const_1265 == ap_CS_fsm_state1) & (ap_start == Const_1266) ^ working_key[4857]) == 1'b1) begin
      rlt1_ap_vld = Const_1268;
    end else begin
      rlt1_ap_vld = Const_1267;
    end
  end

  assign Const_1269 = (1'd0 ^ working_key[4858]);
  assign Const_1270 = (1'd1 ^ working_key[4859]);
  assign Const_1271 = (1'd0 ^ working_key[4860]);
  assign Const_1272 = (1'd0 ^ working_key[4861]);

  always @(*) begin
    if(((Const_1269 == ap_CS_fsm_state1) & (ap_start == Const_1270) ^ working_key[4862]) == 1'b1) begin
      rlt2_ap_vld = Const_1272;
    end else begin
      rlt2_ap_vld = Const_1271;
    end
  end

  assign Const_1273 = (1'd1 ^ working_key[4863]);
  assign Const_1274 = (1'd1 ^ working_key[4864]);
  assign Const_1275 = (1'd1 ^ working_key[4865]);

  always @(*) begin
    if(((Const_1273 == ap_CS_fsm_state4) ^ working_key[4866]) == 1'b1) begin
      tqmf_ce0 = Const_1274;
    end else begin
      tqmf_ce0 = Const_1275;
    end
  end

  assign Const_1276 = (1'd0 ^ working_key[4867]);
  assign Const_1277 = (1'd0 ^ working_key[4868]);
  assign Const_1278 = (1'd1 ^ working_key[4869]);
  assign Const_1279 = (1'd1 ^ working_key[4870]);

  always @(*) begin
    if(((exitcond1_fu_554_p2 == Const_1276) & (Const_1277 == ap_CS_fsm_state4) ^ working_key[4871]) == 1'b1) begin
      tqmf_we0 = Const_1278;
    end else begin
      tqmf_we0 = Const_1279;
    end
  end

  assign Const_1280 = (1'd0 ^ working_key[4872]);
  assign Const_1281 = (1'd1 ^ working_key[4873]);
  assign Const_1282 = (1'd0 ^ working_key[4875]);
  assign Const_1283 = (1'd1 ^ working_key[4876]);
  assign Const_1284 = (1'd0 ^ working_key[4878]);
  assign Const_1285 = (1'd1 ^ working_key[4879]);
  assign Const_1286 = (1'd0 ^ working_key[4881]);
  assign Const_1287 = (1'd0 ^ working_key[4882]);
  assign Const_1288 = (1'd0 ^ working_key[4884]);
  assign Const_1289 = (1'd0 ^ working_key[4885]);

  always @(*) begin
    case(ap_CS_fsm)
      ap_ST_fsm_state1: begin
        if(((Const_1280 == ap_CS_fsm_state1) & (ap_start == Const_1281) ^ working_key[4874]) == 1'b1) begin
          ap_NS_fsm = ap_ST_fsm_state1;
        end else begin
          ap_NS_fsm = ap_ST_fsm_state2;
        end
      end
      ap_ST_fsm_state2: begin
        if(((Const_1282 == ap_CS_fsm_state2) & (exitcond3_fu_514_p2 == Const_1283) ^ working_key[4877]) == 1'b1) begin
          ap_NS_fsm = ap_ST_fsm_state3;
        end else begin
          ap_NS_fsm = ap_ST_fsm_state2;
        end
      end
      ap_ST_fsm_state3: begin
        if(((exitcond2_fu_534_p2 == Const_1284) & (Const_1285 == ap_CS_fsm_state3) ^ working_key[4880]) == 1'b1) begin
          ap_NS_fsm = ap_ST_fsm_state3;
        end else begin
          ap_NS_fsm = ap_ST_fsm_state4;
        end
      end
      ap_ST_fsm_state4: begin
        if(((exitcond1_fu_554_p2 == Const_1286) & (Const_1287 == ap_CS_fsm_state4) ^ working_key[4883]) == 1'b1) begin
          ap_NS_fsm = ap_ST_fsm_state4;
        end else begin
          ap_NS_fsm = ap_ST_fsm_state5;
        end
      end
      ap_ST_fsm_state5: begin
        if(((exitcond_fu_571_p2 == Const_1288) & (Const_1289 == ap_CS_fsm_state5) ^ working_key[4886]) == 1'b1) begin
          ap_NS_fsm = ap_ST_fsm_state5;
        end else begin
          ap_NS_fsm = ap_ST_fsm_state1;
        end
      end
      default: begin
        ap_NS_fsm = 'bx;
      end
    endcase
  end

  assign accumc_address0 = tmp_12_fu_583_p1;
  assign Const_1290 = (32'd89478442 ^ working_key[4918:4887]);
  assign accumc_d0 = Const_1290;
  assign accumd_address0 = tmp_12_fu_583_p1;
  assign Const_1291 = (32'd2845136213 ^ working_key[4950:4919]);
  assign accumd_d0 = Const_1291;
  assign Const_1292 = (32'd1464685142 ^ working_key[4982:4951]);
  assign ah1 = Const_1292;
  assign Const_1293 = (32'd4271547565 ^ working_key[5014:4983]);
  assign ah2 = Const_1293;
  assign Const_1294 = (32'd89478442 ^ working_key[5046:5015]);
  assign al1 = Const_1294;
  assign Const_1295 = (32'd4254422357 ^ working_key[5078:5047]);
  assign al2 = Const_1295;
  assign ap_CS_fsm_state1 = ap_CS_fsm[32'd0];
  assign ap_CS_fsm_state2 = ap_CS_fsm[32'd1];
  assign ap_CS_fsm_state3 = ap_CS_fsm[32'd2];
  assign ap_CS_fsm_state4 = ap_CS_fsm[32'd3];
  assign ap_CS_fsm_state5 = ap_CS_fsm[32'd4];
  assign Const_1296 = (32'd1960125803 ^ working_key[5110:5079]);
  assign dec_ah1 = Const_1296;
  assign Const_1297 = (32'd3920251605 ^ working_key[5142:5111]);
  assign dec_ah2 = Const_1297;
  assign Const_1298 = (32'd1431655087 ^ working_key[5174:5143]);
  assign dec_al1 = Const_1298;
  assign Const_1299 = (32'd2572506448 ^ working_key[5206:5175]);
  assign dec_al2 = Const_1299;
  assign dec_del_bph_address0 = tmp_s_fu_546_p1;
  assign Const_1300 = (32'd1960125802 ^ working_key[5238:5207]);
  assign dec_del_bph_d0 = Const_1300;
  assign dec_del_bpl_address0 = tmp_s_fu_546_p1;
  assign Const_1301 = (32'd3920251605 ^ working_key[5270:5239]);
  assign dec_del_bpl_d0 = Const_1301;
  assign dec_del_dhx_address0 = tmp_fu_526_p1;
  assign Const_1302 = (32'd1431655087 ^ working_key[5302:5271]);
  assign dec_del_dhx_d0 = Const_1302;
  assign dec_del_dltx_address0 = tmp_fu_526_p1;
  assign Const_1303 = (32'd3646248272 ^ working_key[5334:5303]);
  assign dec_del_dltx_d0 = Const_1303;
  assign Const_1304 = (15'd9571 ^ working_key[5349:5335]);
  assign dec_deth = Const_1304;
  assign Const_1305 = (15'd27018 ^ working_key[5364:5350]);
  assign dec_detl = Const_1305;
  assign Const_1306 = (32'd2796104533 ^ working_key[5396:5365]);
  assign dec_nbh = Const_1306;
  assign Const_1307 = (32'd1431653055 ^ working_key[5428:5397]);
  assign dec_nbl = Const_1307;
  assign Const_1308 = (32'd1700091201 ^ working_key[5460:5429]);
  assign dec_ph1 = Const_1308;
  assign Const_1309 = (32'd3545535914 ^ working_key[5492:5461]);
  assign dec_ph2 = Const_1309;
  assign Const_1310 = (32'd2796104533 ^ working_key[5524:5493]);
  assign dec_plt1 = Const_1310;
  assign Const_1311 = (32'd1431653055 ^ working_key[5556:5525]);
  assign dec_plt2 = Const_1311;
  assign Const_1312 = (32'd1700091201 ^ working_key[5588:5557]);
  assign dec_rh1 = Const_1312;
  assign Const_1313 = (32'd1563773274 ^ working_key[5620:5589]);
  assign dec_rh2 = Const_1313;
  assign Const_1314 = (32'd4201288373 ^ working_key[5652:5621]);
  assign dec_rlt1 = Const_1314;
  assign Const_1315 = (32'd357913771 ^ working_key[5684:5653]);
  assign dec_rlt2 = Const_1315;
  assign delay_bph_address0 = tmp_s_fu_546_p1;
  assign Const_1316 = (32'd2790610260 ^ working_key[5716:5685]);
  assign delay_bph_d0 = Const_1316;
  assign delay_bpl_address0 = tmp_s_fu_546_p1;
  assign Const_1317 = (32'd1563773274 ^ working_key[5748:5717]);
  assign delay_bpl_d0 = Const_1317;
  assign delay_dhx_address0 = tmp_fu_526_p1;
  assign Const_1318 = (32'd4201288373 ^ working_key[5780:5749]);
  assign delay_dhx_d0 = Const_1318;
  assign delay_dltx_address0 = tmp_fu_526_p1;
  assign Const_1319 = (32'd357913771 ^ working_key[5812:5781]);
  assign delay_dltx_d0 = Const_1319;
  assign Const_1320 = (15'd21852 ^ working_key[5827:5813]);
  assign deth = Const_1320;
  assign Const_1321 = (32'd2461396106 ^ working_key[5859:5828]);
  assign detl = Const_1321;
  assign Const_1322 = (5'd18 ^ working_key[5864:5860]);
  assign Const_1323 = (1'd0 ^ working_key[5866]);
  assign Const_1324 = (1'd0 ^ working_key[5867]);
  assign exitcond1_fu_554_p2 = ((((working_key[5865] == 1'b1)? i_2_reg_300 == Const_1322 : i_2_reg_300 > Const_1322) ^ working_key[5868]) == 1'b1)? Const_1323 : Const_1324;
  assign Const_1325 = (3'd3 ^ working_key[5871:5869]);
  assign Const_1326 = (1'd0 ^ working_key[5873]);
  assign Const_1327 = (1'd0 ^ working_key[5874]);
  assign exitcond2_fu_534_p2 = ((((working_key[5872] == 1'b1)? i_1_reg_289 == Const_1325 : i_1_reg_289 > Const_1325) ^ working_key[5875]) == 1'b1)? Const_1327 : Const_1326;
  assign Const_1328 = (3'd4 ^ working_key[5878:5876]);
  assign Const_1329 = (1'd1 ^ working_key[5880]);
  assign Const_1330 = (1'd1 ^ working_key[5881]);
  assign exitcond3_fu_514_p2 = ((((working_key[5879] == 1'b1)? i_reg_278 == Const_1328 : i_reg_278 < Const_1328) ^ working_key[5882]) == 1'b1)? Const_1330 : Const_1329;
  assign Const_1331 = (4'd1 ^ working_key[5886:5883]);
  assign Const_1332 = (1'd1 ^ working_key[5888]);
  assign Const_1333 = (1'd1 ^ working_key[5889]);
  assign exitcond_fu_571_p2 = ((((working_key[5887] == 1'b1)? i_3_reg_311 > Const_1331 : i_3_reg_311 == Const_1331) ^ working_key[5890]) == 1'b1)? Const_1332 : Const_1333;
  assign Const_1334 = (3'd3 ^ working_key[5893:5891]);
  assign i_4_fu_520_p2 = (working_key[5894] == 1'b1)? i_reg_278 + Const_1334 : i_reg_278 * Const_1334;
  assign Const_1335 = (3'd3 ^ working_key[5897:5895]);
  assign i_5_fu_540_p2 = (working_key[5898] == 1'b1)? i_1_reg_289 + Const_1335 : i_1_reg_289 - Const_1335;
  assign Const_1336 = (5'd8 ^ working_key[5903:5899]);
  assign i_6_fu_560_p2 = (working_key[5904] == 1'b1)? i_2_reg_300 + Const_1336 : i_2_reg_300 << Const_1336;
  assign Const_1337 = (4'd14 ^ working_key[5908:5905]);
  assign i_7_fu_577_p2 = (working_key[5909] == 1'b1)? i_3_reg_311 + Const_1337 : i_3_reg_311 >> Const_1337;
  assign Const_1338 = (32'd178956885 ^ working_key[5941:5910]);
  assign nbh = Const_1338;
  assign Const_1339 = (32'd1395305130 ^ working_key[5973:5942]);
  assign nbl = Const_1339;
  assign Const_1340 = (32'd2929370285 ^ working_key[6005:5974]);
  assign ph1 = Const_1340;
  assign Const_1341 = (32'd4248127834 ^ working_key[6037:6006]);
  assign ph2 = Const_1341;
  assign Const_1342 = (32'd178956885 ^ working_key[6069:6038]);
  assign plt1 = Const_1342;
  assign Const_1343 = (32'd2066393770 ^ working_key[6101:6070]);
  assign plt2 = Const_1343;
  assign Const_1344 = (32'd2929370285 ^ working_key[6133:6102]);
  assign rh1 = Const_1344;
  assign Const_1345 = (32'd4248127834 ^ working_key[6165:6134]);
  assign rh2 = Const_1345;
  assign Const_1346 = (32'd178956885 ^ working_key[6197:6166]);
  assign rlt1 = Const_1346;
  assign Const_1347 = (32'd1395305130 ^ working_key[6229:6198]);
  assign rlt2 = Const_1347;
  assign tmp_11_fu_566_p1 = i_2_reg_300;
  assign tmp_12_fu_583_p1 = i_3_reg_311;
  assign tmp_fu_526_p1 = i_reg_278;
  assign tmp_s_fu_546_p1 = i_1_reg_289;
  assign tqmf_address0 = tmp_11_fu_566_p1;
  assign Const_1348 = (7'd45 ^ working_key[6236:6230]);
  assign tqmf_d0 = Const_1348;
  assign working_key = { locking_key[1675:0] };

endmodule